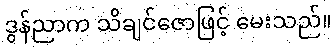
ဒွန်ညာက သိချင်ဇောဖြင့် မေးသည်။